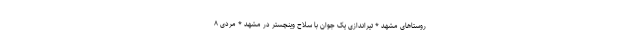
روستاهای مشهد * تیراندازی یک جوان با سلاح وینچستر در مشهد * مردی ۸